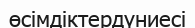
өсімдіктердүниесі